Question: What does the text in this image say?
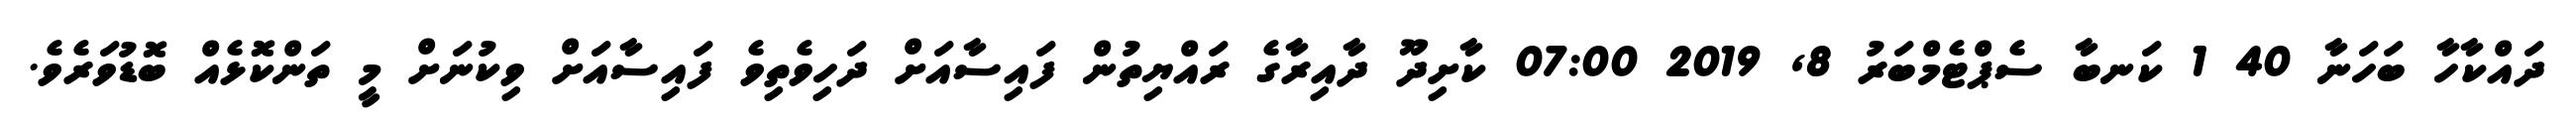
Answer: ދައްކާހާ ބަހަނާ 40 1 ކަނބާ ސެޕްޓެމްބަރު 8, 2019 07:00 ކާށިދޫ ދާއިރާގެ ރައްޔިތުން ފައިސާއަށް ދަހިވެތިވެ ފައިސާއަށް ވިކުނަށް މީ ތަންކޮޅެއް ބޮޑުވަރެވެ.